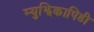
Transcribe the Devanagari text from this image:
म्युझिकापिडी